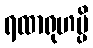
ရထာရုဟမ္ပိ